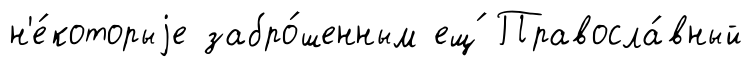
н'е́которыjе забро́шенным ещ́ Правосла́вный